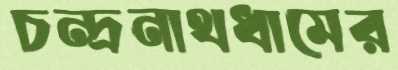
চন্দ্রনাথধামের